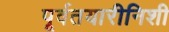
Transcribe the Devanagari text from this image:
पूर्वतयारीनिशी